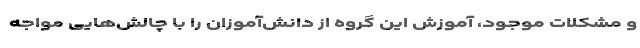
و مشکلات موجود، آموزش این گروه از دانش‌آموزان را با چالش‌هایی مواجه